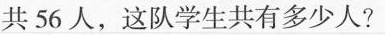
共56人，这队学生共有多少人?